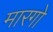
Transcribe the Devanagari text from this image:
मारगो